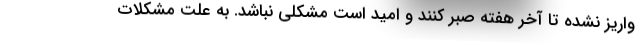
واریز نشده تا آخر هفته صبر کنند و امید است مشکلی نباشد. به علت مشکلات